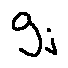
9 j